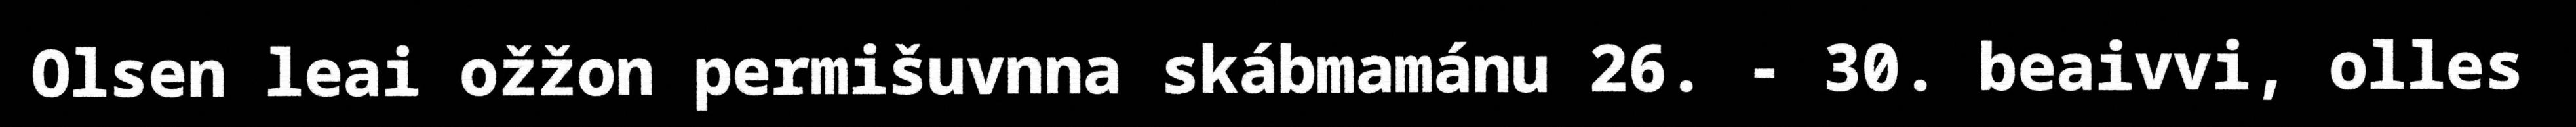
Olsen leai ožžon permišuvnna skábmamánu 26. - 30. beaivvi, olles